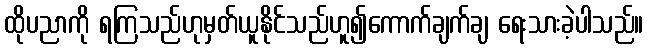
ထိုပညာကို ရကြသည်ဟုမှတ်ယူနိုင်သည်ဟူ၍ကောက်ချက်ချ ရေးသားခဲ့ပါသည်။